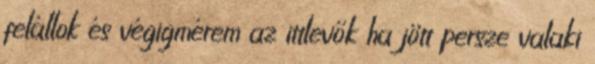
felállok és végigmérem az ittlevők ha jött persze valaki